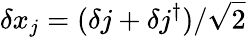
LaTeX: \delta x_{j}=(\delta j+\delta j^{\dagger})/\sqrt{2}